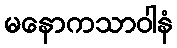
မနောကသာဝါနံ